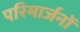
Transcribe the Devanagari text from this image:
परिमार्जनों